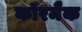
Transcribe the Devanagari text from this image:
कॉरमैक